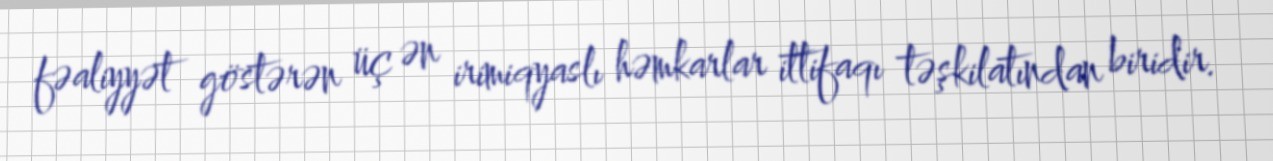
fəaliyyət göstərən üç ən irimiqyaslı həmkarlar ittifaqı təşkilatından biridir.